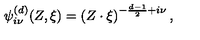
{ \psi } _ { i \nu } ^ { ( d ) } ( Z , \xi ) = \left( { Z \cdot { \xi } } \right) ^ { - \frac { d - 1 } { 2 } + i \nu } ,